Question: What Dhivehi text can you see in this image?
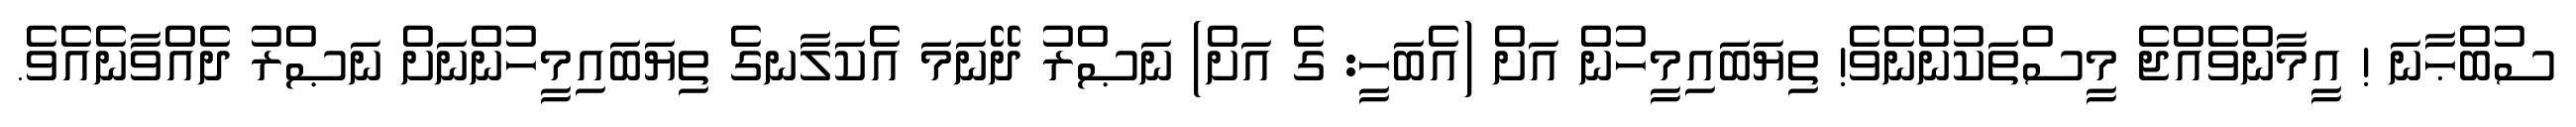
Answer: ސުބްޙާނަ ! އީމާންވެއްޖެ މީސްތަކުންނެވެ! ތިޔަބައިމީހުން އަށް (އެބަހީ: ގެ އަށް) ނަޞްރު ދޭނަމަ އެކަލާނގެ ތިޔަބައިމީހުންނަށް ނަޞްރު ދެއްވާނެއެވެ.